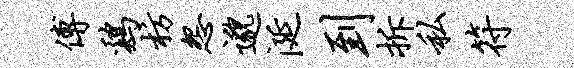
傅鸡枋怨邈涎到拆私符